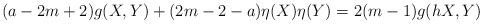
\begin{align*} (a - 2m + 2)g(X,Y) + (2m - 2 - a)\eta(X)\eta(Y) = 2(m-1)g(hX,Y)\end{align*}